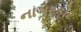
નાગરકોટ